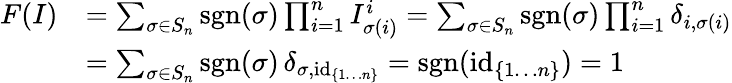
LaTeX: {\begin{array}{rl}{F(I)}&{=\sum_{\sigma\in S_{n}}\operatorname{sgn}(\sigma)\prod_{i=1}^{n}I_{\sigma(i)}^{i}=\sum_{\sigma\in S_{n}}\operatorname{sgn}(\sigma)\prod_{i=1}^{n}\operatorname{\delta}_{i,\sigma(i)}}\\ &{=\sum_{\sigma\in S_{n}}\operatorname{sgn}(\sigma)\operatorname{\delta}_{\sigma,\operatorname{id}_{\{ 1\ldots n\} }}=\operatorname{sgn}(\operatorname{id}_{\{ 1\ldots n\} })=1}\end{array}}